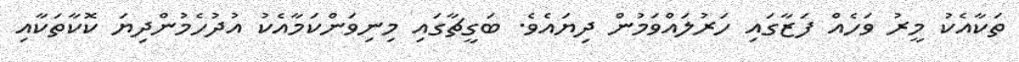
ތަކާއެކު މީރު ވަހެއް ފަޒާގައި ހަރުލައްވަމުން ދިޔައެވެ. ބަގީޗާގައި މިނިވަންކަމާއެކު އުދުހެމުންދިޔަ ކޮކާތަކާއި